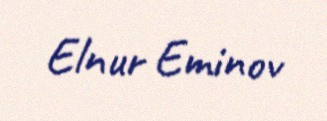
Elnur Eminov